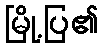
မြို့ပြ၏